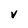
Character: v